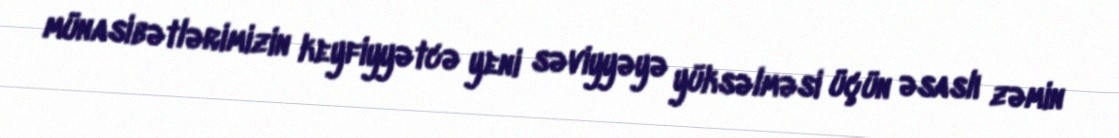
münasibətlərimizin keyfiyyətcə yeni səviyyəyə yüksəlməsi üçün əsaslı zəmin